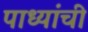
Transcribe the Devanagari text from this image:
पाध्यांची